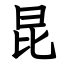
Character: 昆